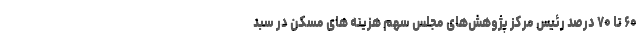
۶۰ تا ۷۰ درصد رئیس مرکز پژوهش‌های مجلس سهم هزینه های مسکن در سبد